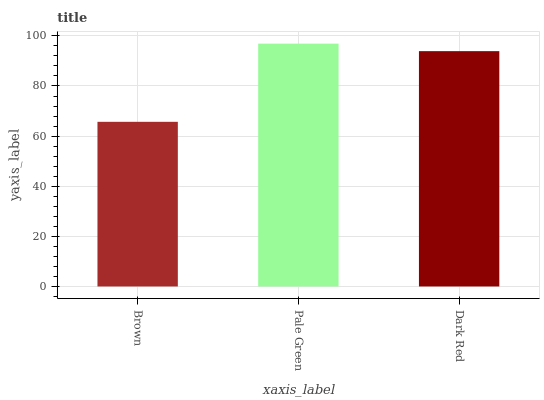
| xaxis_label | bars |
 | --- | --- |
 | Brown | 65.7 |
 | Pale Green | 96.9 |
 | Dark Red | 93.9 |